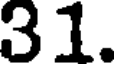
31.